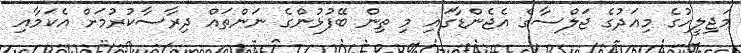
މަޖިލީހުގެ މިއަދުގެ ޖަލްސާގެ އެޖެންޑާގައި މި ތިން ބޭފުޅުންގެ ނަންތައް ދިރާސާކުރުމަށް އެކަމާއި